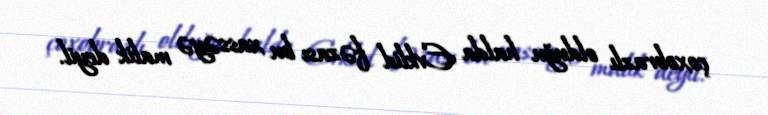
çoxobrazlı olduğu halda Evklid fəzası bu xassəyə malik deyil.